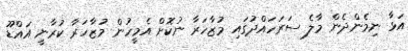
އަޅާ ނިމެންދެން މާލެ ސަރަހައްދުގައި މުޒާހަރާ ނުކޮށް އެމީހުން މުޒާހަރާ ކުރާނީ އައްޑޫ